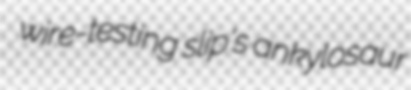
wire-testing slip's ankylosaur